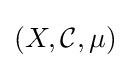
{\textstyle (X,{\mathcal {C}},\mu )}